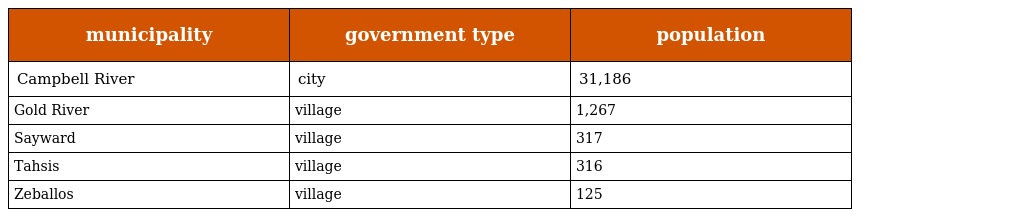
| municipality | government type | population |
 | --- | --- | --- |
 | Campbell River | city | 31,186 |
 | Gold River | village | 1,267 |
 | Sayward | village | 317 |
 | Tahsis | village | 316 |
 | Zeballos | village | 125 |